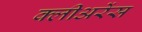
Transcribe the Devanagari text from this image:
क्लीअरेंस